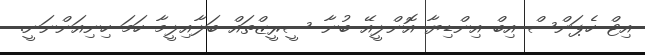
އިޓް ހެޕަންސް އިބް އިންޑިޔާ އޮންލީއޭ ބުނާ ސީރީޒްތައް ބަލާއިލީމާ ހަމަ ހިނިއަންނަނީ.